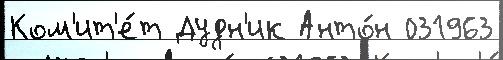
Ком'ит'е́т Дудн'ик Анто́н 031963